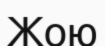
Жою